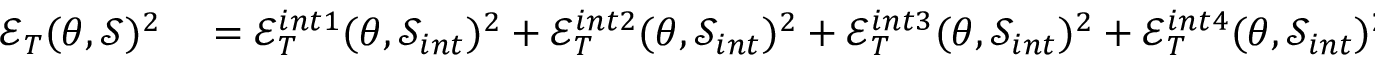
\begin{array} { r l } { \mathcal { E } _ { T } ( \theta , \mathcal { S } ) ^ { 2 } } & { { } = \mathcal { E } _ { T } ^ { i n t 1 } ( \theta , \mathcal { S } _ { i n t } ) ^ { 2 } + \mathcal { E } _ { T } ^ { i n t 2 } ( \theta , \mathcal { S } _ { i n t } ) ^ { 2 } + \mathcal { E } _ { T } ^ { i n t 3 } ( \theta , \mathcal { S } _ { i n t } ) ^ { 2 } + \mathcal { E } _ { T } ^ { i n t 4 } ( \theta , \mathcal { S } _ { i n t } ) ^ { 2 } + \mathcal { E } _ { T } ^ { t b 1 } ( \theta , \mathcal { S } _ { t b } ) ^ { 2 } } \end{array}